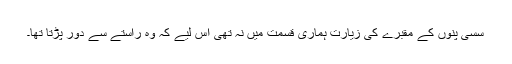
سسی پنوں کے مقبرے کی زیارت ہماری قسمت میں نہ تھی اس لیے کہ وہ راستے سے دور پڑتا تھا۔